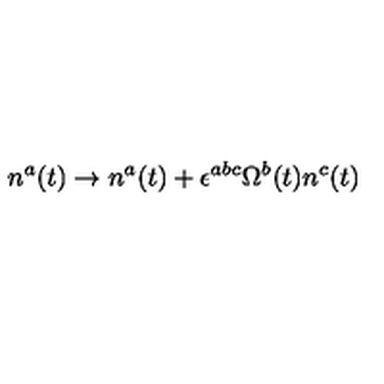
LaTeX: n ^ { a } ( t ) \rightarrow n ^ { a } ( t ) + \epsilon ^ { a b c } \Omega ^ { b } ( t ) n ^ { c } ( t )